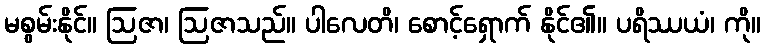
မစွမ်းနိုင်။ ဩဇာ၊ ဩဇာသည်။ ပါလေတိ၊ စောင့်ရှောက် နိုင်၏။ ပရိဿယံ၊ ကို။